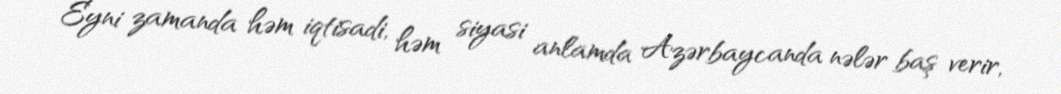
Eyni zamanda həm iqtisadi, həm siyasi anlamda Azərbaycanda nələr baş verir,